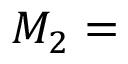
M _ { 2 } =